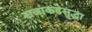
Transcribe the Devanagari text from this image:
राजांकडेसुद्धा